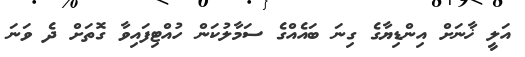
އަލީ ޚާނަށް އިންޑިޔާގެ ގިނަ ބައެއްގެ ސަމާލުކަން ހުއްޓިފައިވާ ގޮތަށް ދެ ވަނަ